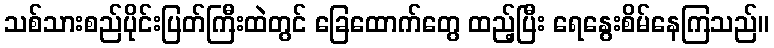
သစ်သားစည်ပိုင်းပြတ်ကြီးထဲတွင် ခြေထောက်တွေ ထည့်ပြီး ရေနွေးစိမ်နေကြသည်။